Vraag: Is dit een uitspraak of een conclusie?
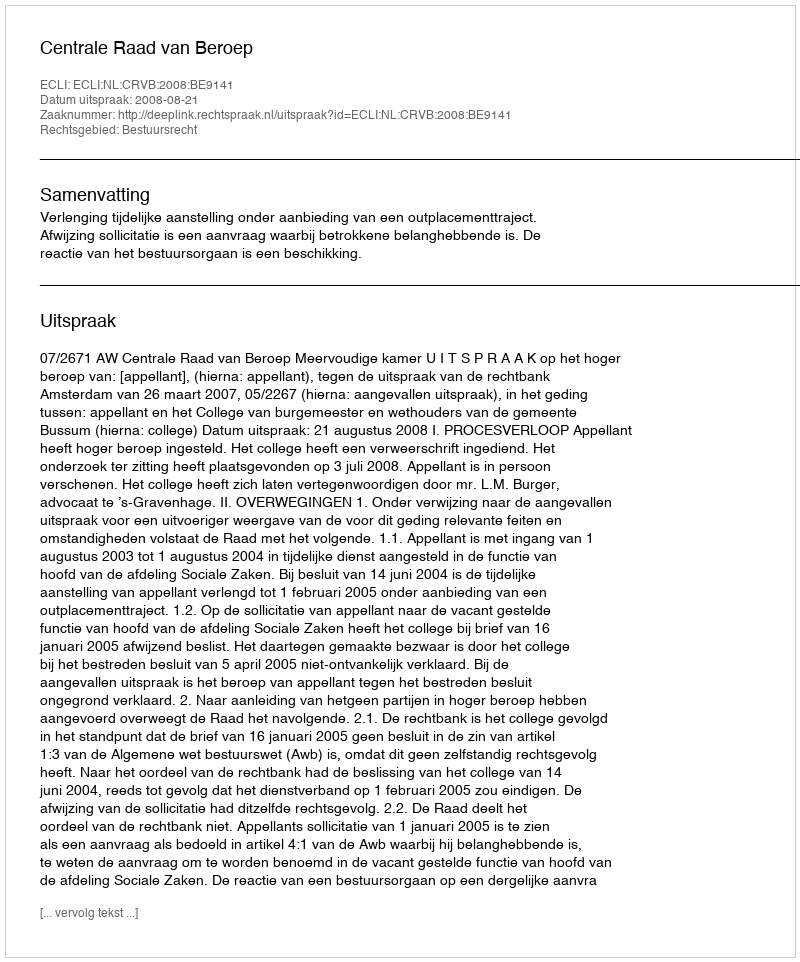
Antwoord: Uitspraak